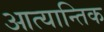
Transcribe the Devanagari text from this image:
आत्यान्तिक